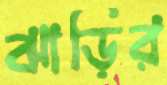
ঝাড়ির